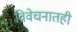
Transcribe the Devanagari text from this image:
विवेचनातही